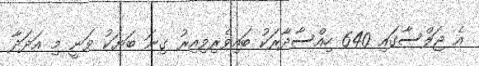
އެ ޖަލްސާގައި 640 ހިއްސާދާރަކު ބައިވެރިވިއިރު ގިނަ ބަޔަކު ވަނީ މި އަދަދާ